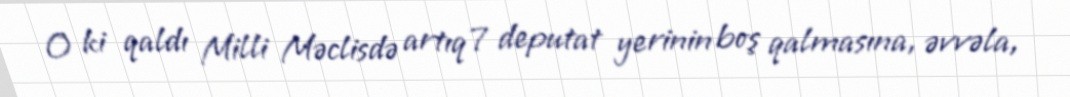
O ki qaldı Milli Məclisdə artıq 7 deputat yerinin boş qalmasına, əvvəla,